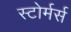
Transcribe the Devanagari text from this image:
स्टोर्मर्स